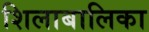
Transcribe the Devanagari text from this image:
शिलाबालिका